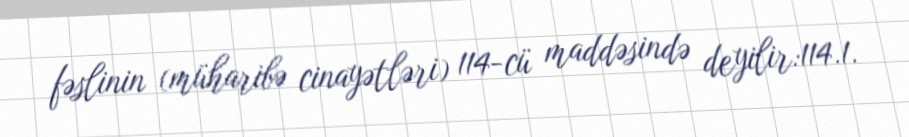
fəslinin (müharibə cinayətləri) 114-cü maddəsində deyilir:114.1.